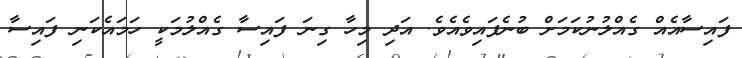
ފައިސާއެއް ގެއްލުނުކަމަށް ބުނެފައިވެއެވެ. އަދި މިހާ ގިނަ ފައިސާ ގެއްލުމަކީ ހަމައެކަނި ފައިސާ